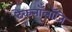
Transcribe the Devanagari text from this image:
टेकनॉलॉजि